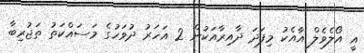
އީ އޯލެވެލް އާއެކު މިފަދަ ދާއިރާއަކުން 2 އަހަރު ދުވަހުގެ މަސައްކަތު ތަޖުރިބާ